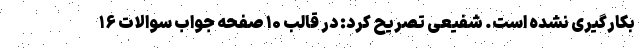
بکارگیری نشده است. شفیعی تصریح کرد: در قالب ۱۰ صفحه جواب سوالات ۱۶